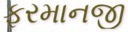
ફરમાનજી